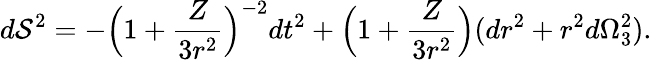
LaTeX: d\mathcal{S}^{2}=-\Big(1+{\frac{{Z}}{{3r^{2}}}}\Big)^{-2}dt^{2}+\Big(1+{\frac{{Z}}{{3r^{2}}}}\Big)(dr^{2}+r^{2}d\Omega_{3}^{2}).